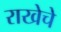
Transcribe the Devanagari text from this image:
राखेचे